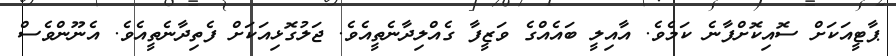
ޕާޓީއަކަށް ސޮއިކޮށްފާނެ ކަމެވެ. އާއިލީ ބައެއްގެ ވަޒީފާ ގެއްލިދާނެތީއެވެ. ޖަލުގޮޅިއަކަށް ފެތިދާނެތީއެވެ. އެނޫންވެސް